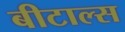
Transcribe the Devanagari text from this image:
बीटाल्स